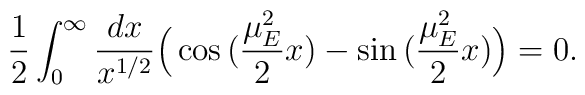
\frac{1}{2}\int^\infty_0\frac{dx}{x^{1/2}}\Big(\cos\big(\frac{\mu_E^2}{2}x\big)-\sin\big(\frac{\mu_E^2}{2}x\big)\Big)=0.